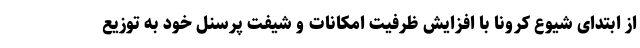
از ابتدای شیوع کرونا با افزایش ظرفیت امکانات و شیفت پرسنل خود به توزیع